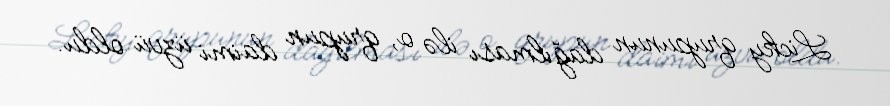
Licky qrupunun dağılması ilə o, qrupun daimi üzvü oldu.